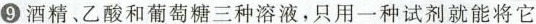
⑨酒精﹑乙酸和葡萄糖三种溶液，只用一种试剂就能将它